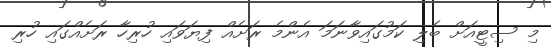
މި ސިޓީއަށް ބެލި ކަމުގައިވާނަމަ އެންމެ ރަށެއް ފިޔަވައި ހުރިހާ ރަށެއްގައި ހުރި